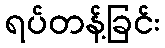
ရပ်တန့်ခြင်း